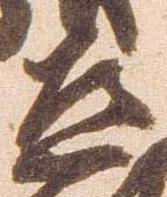
道